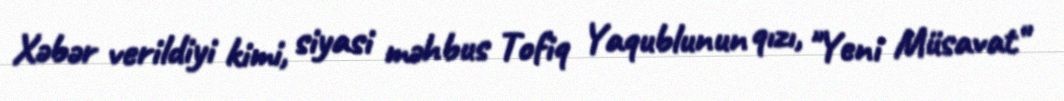
Xəbər verildiyi kimi, siyasi məhbus Tofiq Yaqublunun qızı, "Yeni Müsavat"